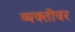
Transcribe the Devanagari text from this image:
व्‍यक्‍तीवर